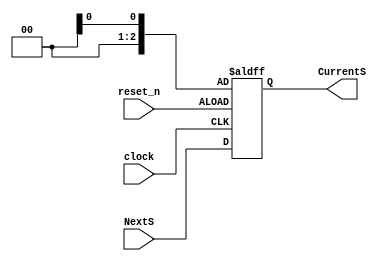
module csl(
    input clock,
    input reset_n,
    input [2:0] NextS,
    output reg [2:0] CurrentS
);

always @(posedge clock or negedge reset_n)
    if (reset_n == 0)
        CurrentS = lab3.Idle;
    else
        CurrentS = NextS;

endmodule